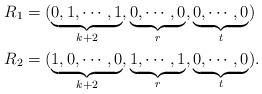
LaTeX: \begin{align*}R_{1}&=(\underbrace{0,1,\cdots, 1}_{k+2 },\underbrace{0, \cdots, 0}_{r }, \underbrace{0,\cdots, 0}_{t })\\R_{2}&=(\underbrace{1,0,\cdots, 0}_{k+2 },\underbrace{1, \cdots, 1}_{r }, \underbrace{0,\cdots, 0}_{t }).\end{align*}